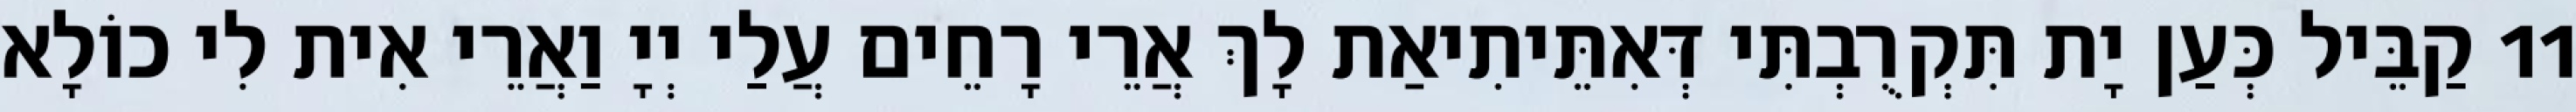
11 קַבֵּיל כְּעַן יָת תִּקְרֻבְתִּי דְּאִתֵּיתִיאַת לָךְ אֲרֵי רָחֵים עֲלַי יְיָ וַאֲרֵי אִית לִי כוֹלָא